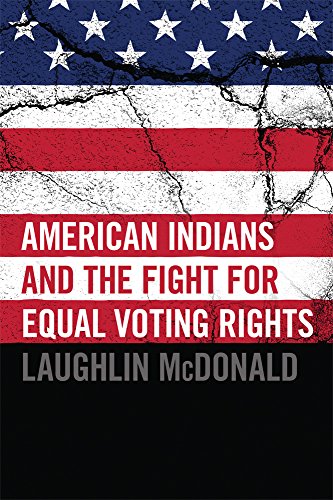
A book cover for American Indians and the Fight for Equal Voting Rights; Laughlin McDonald; Law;